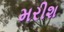
મરીશ